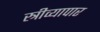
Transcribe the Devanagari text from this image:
स्त्रीव्यापार